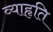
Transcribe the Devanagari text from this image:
व्याहृति